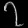
Digit: ၇